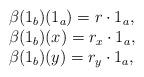
LaTeX: \begin{align*}\begin{array}{l} \beta(1_b)(1_a) = r\cdot 1_a,\\ \beta(1_b)(x) = r_x\cdot 1_a,\\ \beta(1_b)(y) = r_y\cdot 1_a,\end{array}\end{align*}